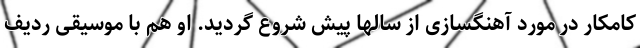
کامکار در مورد آهنگسازی از سالها پیش شروع گردید. او هم با موسیقی ردیف